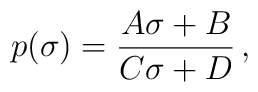
p(\sigma ) = \frac{A\sigma + B}{C\sigma + D} \,,